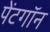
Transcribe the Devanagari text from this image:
पेंटगॉन